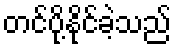
တင်ပို့နိုင်ခဲ့သည်